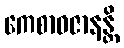
ကေစာဝဇာနန္တိ